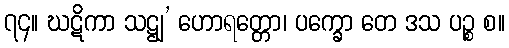
၇၄။ ဃဋိကာ သဋ္ဌျ’ ဟောရတ္တော၊ ပက္ခော တေ ဒသ ပဉ္စ စ။